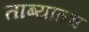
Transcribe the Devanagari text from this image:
ताब्यातच